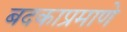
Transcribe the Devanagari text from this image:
बदकाप्रमाणे